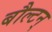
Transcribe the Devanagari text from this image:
बौल्‍टन्‌